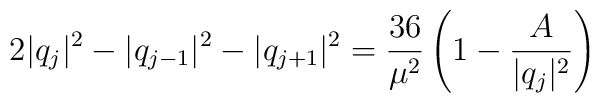
2|q_j|^2-|q_{j-1}|^2-|q_{j+1}|^2={36\over\mu^2}\left(1-{A\over |q_j|^2}\right)